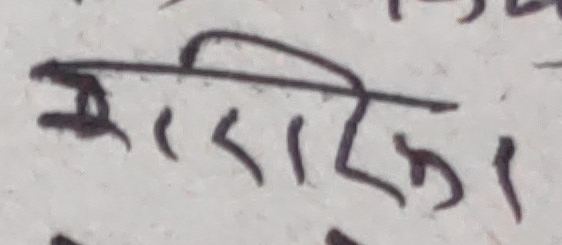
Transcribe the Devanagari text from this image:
एरिका